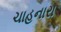
ચાહનારા